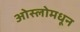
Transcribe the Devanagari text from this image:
ओस्लोमधून